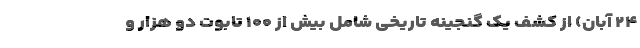
۲۴ آبان) از کشف یک گنجینه‌ تاریخی شامل بیش از ۱۰۰ تابوت دو هزار و